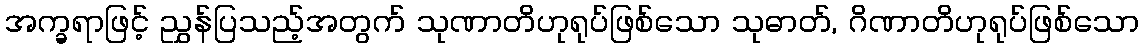
အက္ခရာဖြင့် ညွှန်ပြသည့်အတွက် သုဏာတိဟုရုပ်ဖြစ်သော သုဓာတ်, ဂိဏာတိဟုရုပ်ဖြစ်သော